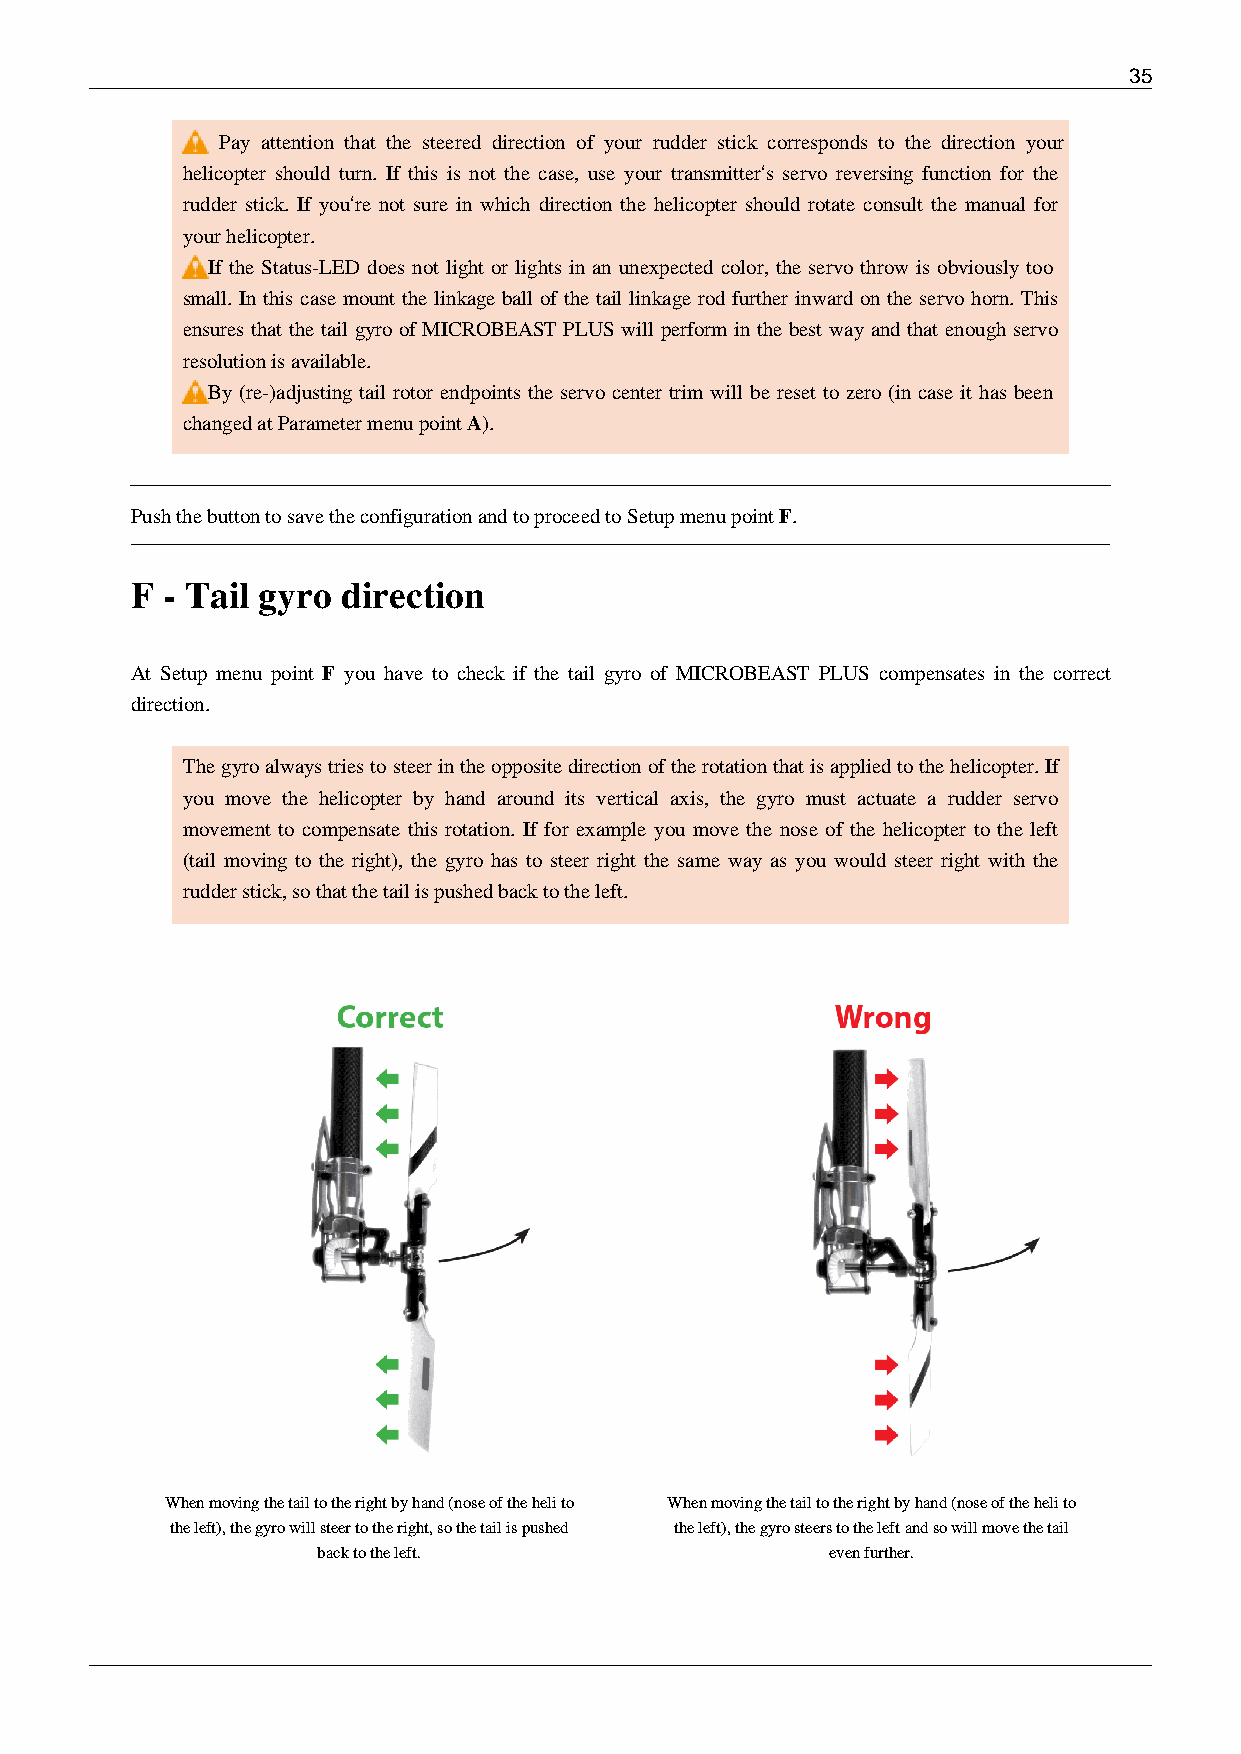
35
 Pay attention that the steered direction of your rudder stick corresponds to the direction your
 helicopter should turn. If this is not the case, use your transmitter‘s servo reversing function for the
 rudder stick. If you‘re not sure in which direction the helicopter should rotate consult the manual for
 your helicopter.
 If the Status-LED does not light or lights in an unexpected color, the servo throw is obviously too
 small. In this case mount the linkage ball of the tail linkage rod further inward on the servo horn. This
 ensures that the tail gyro of MICROBEAST PLUS will perform in the best way and that enough servo
 resolution is available.
 By (re-)adjusting tail rotor endpoints the servo center trim will be reset to zero (in case it has been
 changed at Parameter menu point A).
 Push the button to save the configuration and to proceed to Setup menu point F.
 F - Tail gyro direction
 At Setup menu point F you have to check if the tail gyro of MICROBEAST PLUS compensates in the correct
 direction.
 The gyro always tries to steer in the opposite direction of the rotation that is applied to the helicopter. If
 you move the helicopter by hand around its vertical axis, the gyro must actuate a rudder servo
 movement to compensate this rotation. If for example you move the nose of the helicopter to the left
 (tail moving to the right), the gyro has to steer right the same way as you would steer right with the
 rudder stick, so that the tail is pushed back to the left.
 When moving the tail to the right by hand (nose of the heli to When moving the tail to the right by hand (nose of the heli to
 the left), the gyro will steer to the right, so the tail is pushed the left), the gyro steers to the left and so will move the tail
 back to the left.                 even further.